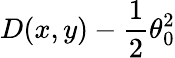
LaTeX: D(x,y)-\frac{1}{2}\theta_{0}^{2}